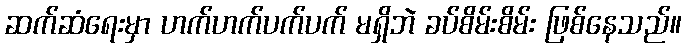
ဆက်ဆံရေးမှာ ဟက်ဟက်ပက်ပက် မရှိဘဲ ခပ်စိမ်းစိမ်း ဖြစ်နေသည်။